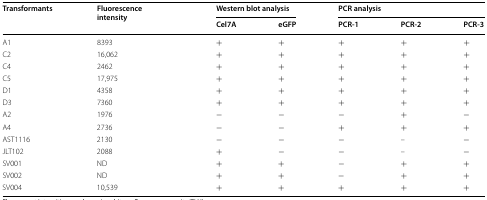
<table><thead><tr><td rowspan="2"><b>Transformants</b></td><td rowspan="2"><b>Fluorescence intensity</b></td><td colspan="2"><b>Western blot analysis</b></td><td colspan="3"><b>PCR analysis</b></td></tr><tr><td><b>Cel7A</b></td><td><b>eGFP</b></td><td><b>PCR-1</b></td><td><b>PCR-2</b></td><td><b>PCR-3</b></td></tr></thead><tbody><tr><td>A1</td><td>8393</td><td>+</td><td>+</td><td>+</td><td>+</td><td>+</td></tr><tr><td>C2</td><td>16,062</td><td>+</td><td>+</td><td>+</td><td>+</td><td>+</td></tr><tr><td>C4</td><td>2462</td><td>+</td><td>+</td><td>+</td><td>+</td><td>+</td></tr><tr><td>C5</td><td>17,975</td><td>+</td><td>+</td><td>+</td><td>+</td><td>+</td></tr><tr><td>D1</td><td>4358</td><td>+</td><td>+</td><td>+</td><td>+</td><td>+</td></tr><tr><td>D3</td><td>7360</td><td>+</td><td>+</td><td>+</td><td>+</td><td>+</td></tr><tr><td>A2</td><td>1976</td><td>−</td><td>−</td><td>−</td><td>+</td><td>−</td></tr><tr><td>A4</td><td>2736</td><td>−</td><td>−</td><td>+</td><td>+</td><td>+</td></tr><tr><td>AST1116</td><td>2130</td><td>−</td><td>−</td><td>−</td><td>–</td><td>−</td></tr><tr><td>JLT102</td><td>2088</td><td>+</td><td>−</td><td>−</td><td>–</td><td>−</td></tr><tr><td>SV001</td><td>ND</td><td>+</td><td>+</td><td>−</td><td>+</td><td>+</td></tr><tr><td>SV002</td><td>ND</td><td>+</td><td>+</td><td>−</td><td>+</td><td>+</td></tr><tr><td>SV004</td><td>10,539</td><td>+</td><td>+</td><td>+</td><td>+</td><td>+</td></tr></tbody></table>